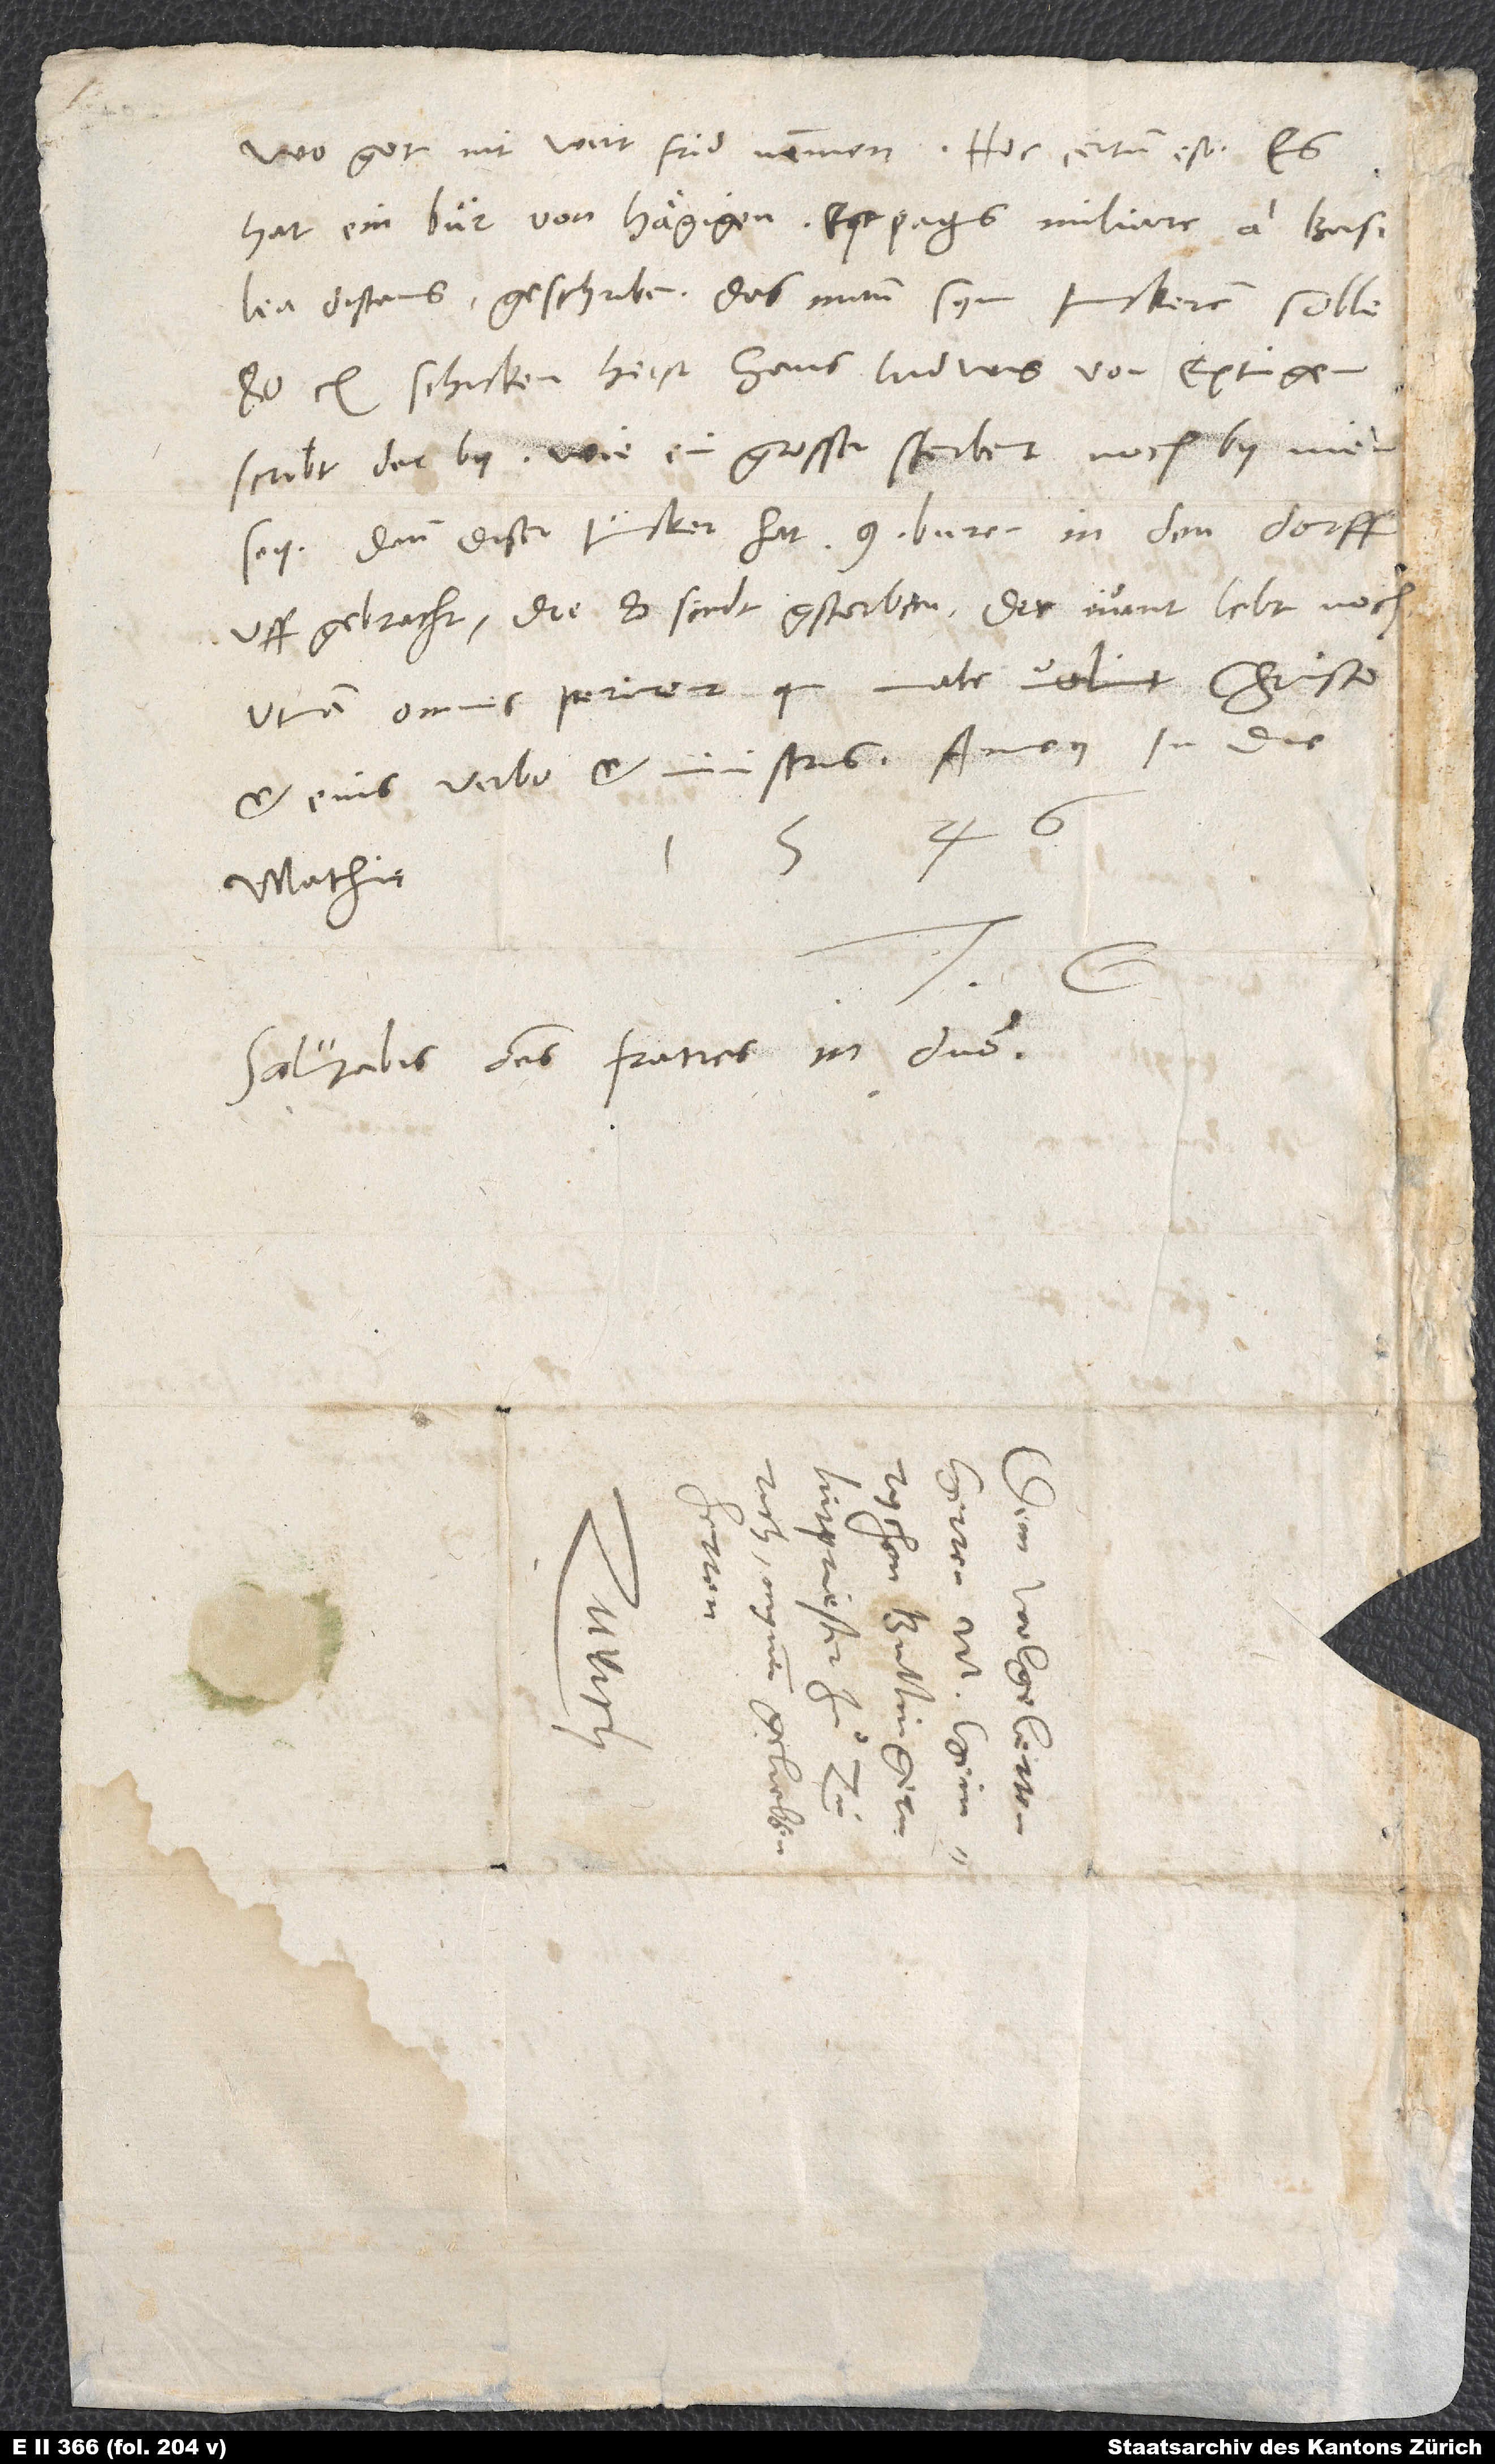
hat ein buͤr von Haͤgigen(est pagus miliare a Basilea
distans) geschriben, das mann sym junckeren solle
schicken. Heist Hans Ludwig von Eptingen.
Scribt derby, wie ein grosser sterbent noch by inen
sey. Dann diser juncker hat 9 buren in den dorff
uffgebracht. Die 8 sindt gstorben; der nuͤnt lebt noch.
Utinam omnes perirent, qui male volunt Christo
et eius verbo et ministris! Amen. In die
Mathie
S.